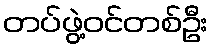
တပ်ဖွဲ့ဝင်တစ်ဦး